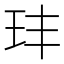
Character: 玤